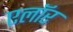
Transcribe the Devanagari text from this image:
एलॉर